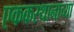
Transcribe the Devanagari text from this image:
एककस्थानाच्या